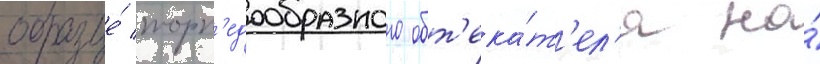
образце́ торп'едообразного обт'ека́т'ел'я на́